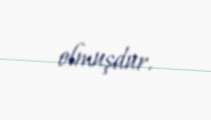
olmuşdur.